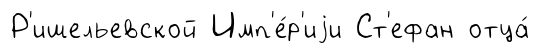
Р'ишельевской Имп'е́р'иjи Ст'ефан отца́